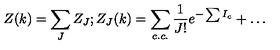
Z ( k ) = \sum _ { J } Z _ { J } ; Z _ { J } ( k ) = \sum _ { c . c . } \frac { 1 } { J ! } e ^ { - \sum I _ { c } } + \dots